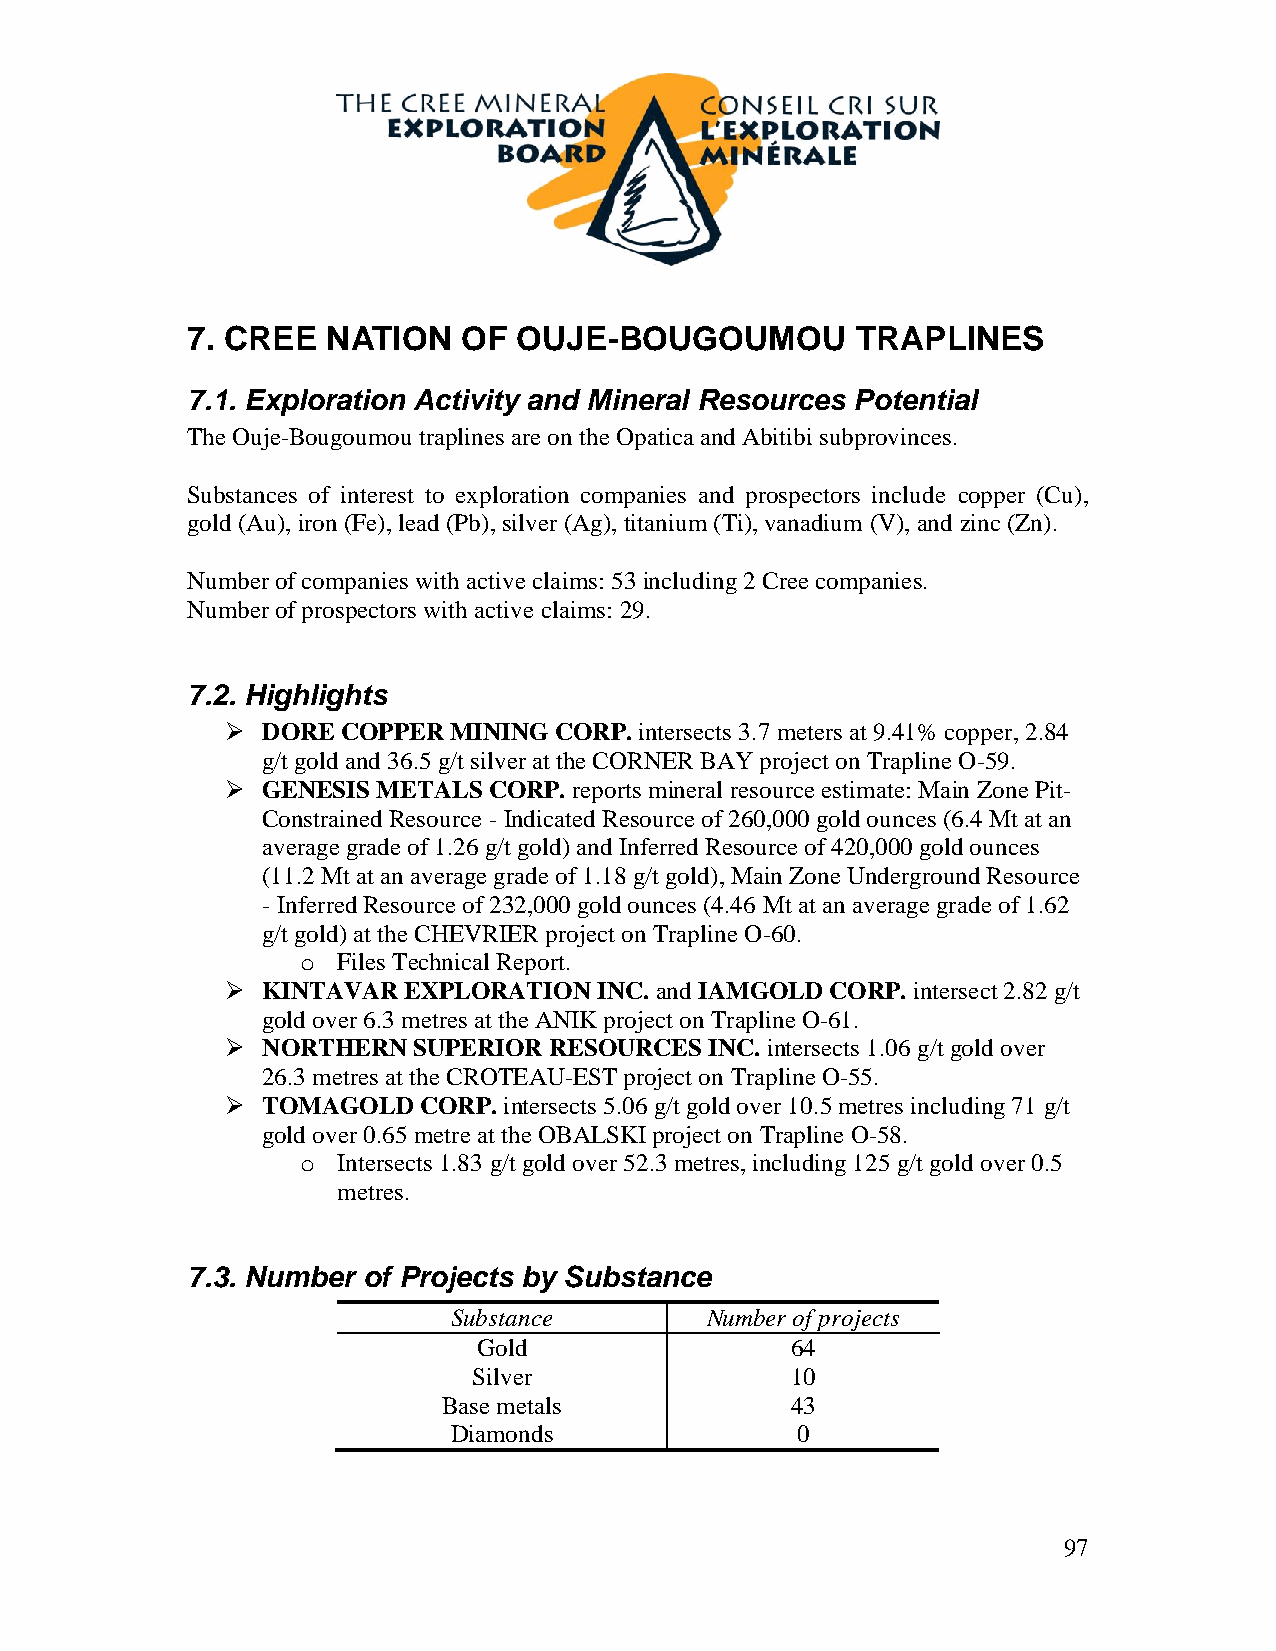
7. CREE   NATION   OF OUJE-BOUGOUMOU         TRAPLINES
 7.1. Exploration Activity and Mineral Resources Potential
 The Ouje-Bougoumou traplines are on the Opatica and Abitibi subprovinces.
 Substances of interest to exploration companies and prospectors include copper (Cu),
 gold (Au), iron (Fe), lead (Pb), silver (Ag), titanium (Ti), vanadium (V), and zinc (Zn).
 Number of companies with active claims: 53 including 2 Cree companies.
 Number of prospectors with active claims: 29.
 7.2. Highlights
  DORE  COPPER MINING CORP. intersects 3.7 meters at 9.41% copper, 2.84
 g/t gold and 36.5 g/t silver at the CORNER BAY project on Trapline O-59.
  GENESIS METALS CORP. reports mineral resource estimate: Main Zone Pit-
 Constrained Resource - Indicated Resource of 260,000 gold ounces (6.4 Mt at an
 average grade of 1.26 g/t gold) and Inferred Resource of 420,000 gold ounces
 (11.2 Mt at an average grade of 1.18 g/t gold), Main Zone Underground Resource
 - Inferred Resource of 232,000 gold ounces (4.46 Mt at an average grade of 1.62
 g/t gold) at the CHEVRIER project on Trapline O-60.
 o Files Technical Report.
  KINTAVAR  EXPLORATION  INC. and IAMGOLD CORP. intersect 2.82 g/t
 gold over 6.3 metres at the ANIK project on Trapline O-61.
  NORTHERN  SUPERIOR RESOURCES  INC. intersects 1.06 g/t gold over
 26.3 metres at the CROTEAU-EST project on Trapline O-55.
  TOMAGOLD   CORP. intersects 5.06 g/t gold over 10.5 metres including 71 g/t
 gold over 0.65 metre at the OBALSKI project on Trapline O-58.
 o Intersects 1.83 g/t gold over 52.3 metres, including 125 g/t gold over 0.5
 metres.
 7.3. Number of Projects by Substance
 Substance        Number of projects
 Gold                64
 Silver               10
 Base metals            43
 Diamonds               0
 97